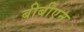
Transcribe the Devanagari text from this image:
बीबीएन